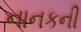
નાનકની